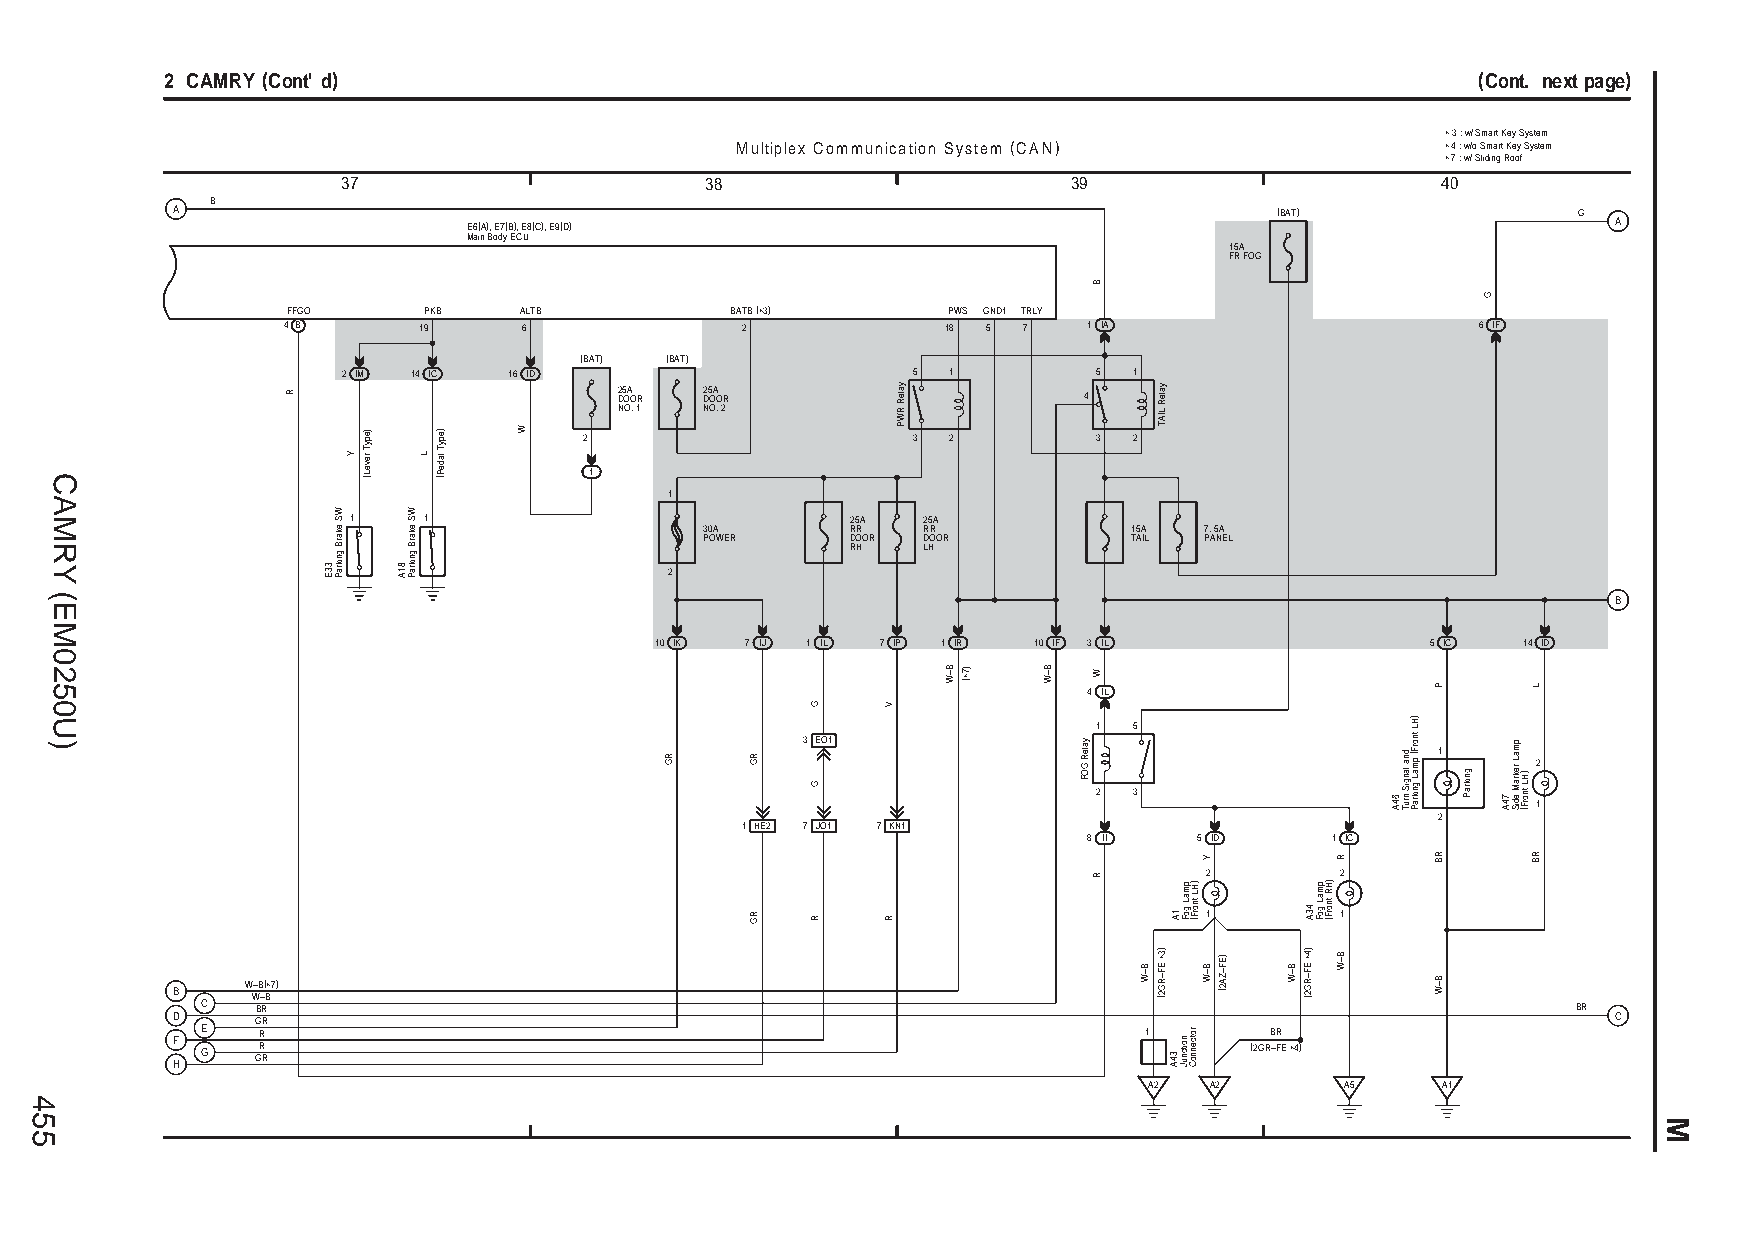
2 CAMRY (Cont' d)                                                                      (Cont. next page)
 ∗ 3 : w/ Smart Key System
 Multiplex Communication System (CAN)           ∗ 4 : w/o Smart Key System
 ∗ 7 : w/ Sliding Roof
 37                      38                      39                      40
 B
 A                                                                         (BAT)              G
 E6(A), E7(B), E8(C), E9(D)                                                  A
 Main Body ECU
 15A
 FR FOG
 FFGO     PKB   ALTB          BATB (∗3)      PWS GND1 TRLY
 4 B      19     6             2             18 5 7   1 IA                      6 IF
 (BAT) (BAT)
 2 IM 14 IC 16 ID                     5  1         5 1
 2 D5 OA OR 2 D5 OA OR          4
 NO. 1 NO. 2
 2                    3  2         3 2
 1
 1
 1    1                           25A  25A
 30A      RR   RR            15A  7. 5A
 POWER    DOOR DOOR          TAIL PANEL
 RH   LH
 2
 B
 10 IK 7 IJ 1 IL 7 IP 1 IR 10 IF 3 IL                5 IC  14 ID
 4 IL
 1 5
 3 EO1
 1      2
 2 3                          1
 2
 1 HE2 7 JO1 7 KN1
 8 II   5 ID     1 IC
 2        2
 1        1
 W–B(∗7)
 B     W–B
 C   BR                                                                                     BR
 D     GR                                                                                        C
 E   R                                                          1       BR F G GR R (2GR–FE ∗4)
 H
 A2  A2       A5    A1
 455
 CAMRY
 (EM0250U)
 R
 33E
 WS
 ekarB
 gnikraP
 Y
 )epyT
 reveL(
 81A
 WS
 ekarB
 gnikraP
 L
 )epyT
 ladeP(
 W
 RG    RG
 RG
 G
 G
 R
 V
 R
 yaleR
 RWP
 B–W )7∗( B–W
 yaleR
 GOF
 B
 W
 R
 B–W
 yaleR
 LIAT
 )3∗
 EF–RG2(
 1A
 34A
 pmaL
 goF
 noitcnuJ
 )HL
 tnorF(
 rotcennoC
 Y
 B–W
 )EF–ZA2(
 B–W
 43A
 )4∗
 EF–RG2(
 pmaL
 goF
 )HR
 tnorF(
 R
 B–W
 64A
 dna langiS
 nruT
 )HL
 tnorF(
 pmaL
 gnikraP
 P
 RB
 B–W
 gnikraP
 G
 74A
 pmaL
 rekraM
 ediS
 )HL
 tnorF(
 L
 RB
 M